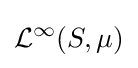
{\mathcal {L}}^{\infty }(S,\mu )